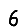
Digit: 6